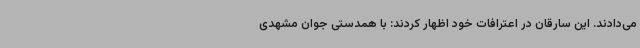
می‌دادند. این سارقان در اعترافات خود اظهار کردند: با همدستی جوان مشهدی